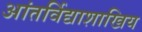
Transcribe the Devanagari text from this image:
आंतर्विद्याशाखिय